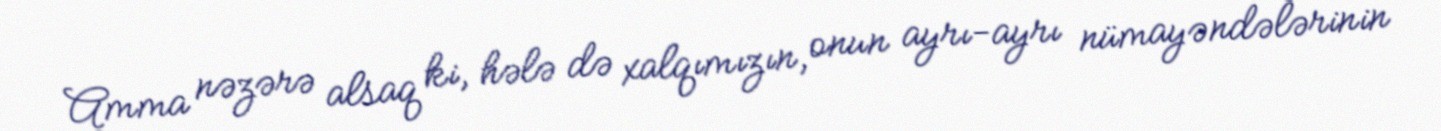
Amma nəzərə alsaq ki, hələ də xalqımızın, onun ayrı-ayrı nümayəndələrinin